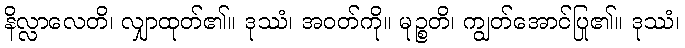
နိလ္လာလေတိ၊ လျှာထုတ်၏။ ဒုဿံ၊ အဝတ်ကို။ မုဉ္စတိ၊ ကျွတ်အောင်ပြု၏။ ဒုဿံ၊